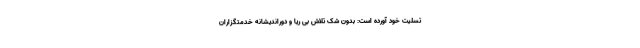
تسلیت خود آورده است: بدون شک تلاش بی ریا و دوراندیشانه خدمتگزاران